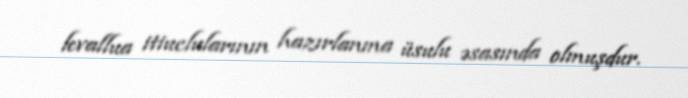
levallua itiuclularının hazırlanma üsulu əsasında olmuşdur.